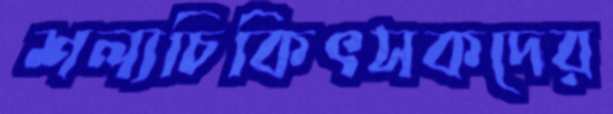
শল্যচিকিৎসকদের